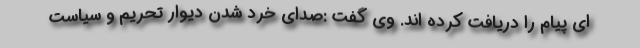
ای پیام را دریافت کرده اند. وی گفت :صدای خرد شدن دیوار تحریم و سیاست